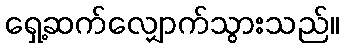
ရှေ့ဆက်လျှောက်သွားသည်။